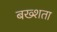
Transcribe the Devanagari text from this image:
बख्शता